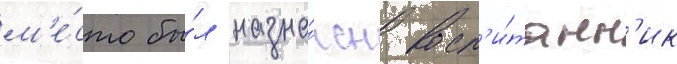
м'е́сто бы́л назна́чен восп'и́танн'ик